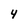
Character: 4